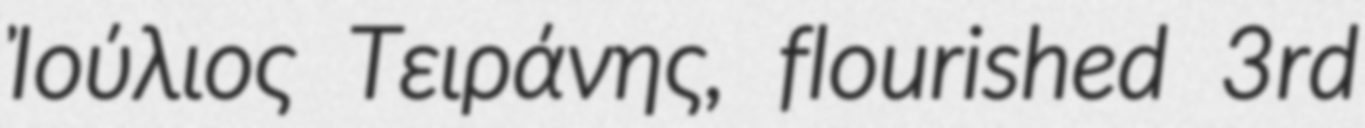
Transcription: Ἰούλιος Τειράνης, flourished 3rd